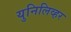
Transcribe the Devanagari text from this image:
युनिलिव्हर